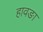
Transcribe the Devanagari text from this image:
हावङा